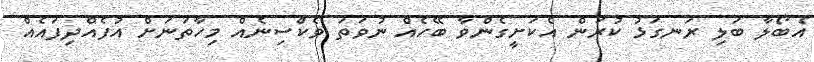
އެބޯލާ ބަލި ރަނގަޅު ކުރަން އެކަށީގެންވާ ބޭހެއް ނުވަތަ ވެކްސިނެއް މިހާތަނަށް އުފެއްދިފައެއް